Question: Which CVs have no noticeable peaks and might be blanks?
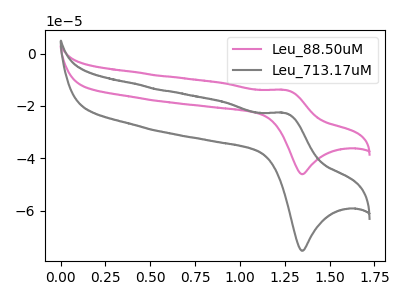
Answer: <think>The pink curve "Leu_88.50uM" has an anodic peak at (1.25V, -13.90uA) and a cathodic peak at (1.35V, -46.10uA). The gray curve "Leu_713.17uM" has an anodic peak at (1.25V, -22.75uA) and a cathodic peak at (1.35V, -75.40uA).</think>
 <answer>There are not any CV's on this graph that are likely to be blanks.</answer>
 <eval>none</eval>